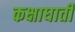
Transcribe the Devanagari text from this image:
कक्षाघाती